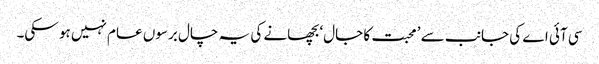
سی آئی اے کی جانب سے ’ محبت کا جال‘ بچھانے کی یہ چال برسوں عام نہیں ہو سکی۔